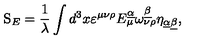
\mathrm { \sl S } _ { E } = { \frac { 1 } { \lambda } } \int d ^ { 3 } x \varepsilon ^ { \mu \nu \rho } E _ { \mu } ^ { \underline { { \alpha } } } \omega _ { \nu \rho } ^ { \underline { { \beta } } } \eta _ { \underline { { \alpha } } \underline { { \beta } } } ,